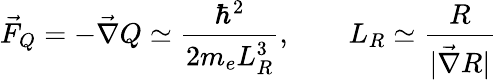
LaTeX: \vec{F}_{Q}=-\vec{\nabla}Q\simeq\frac{\hbar^{2}}{2m_{e}L_{R}^{3}},\qquad L_{R}\simeq\frac{R}{|\vec{\nabla}R|}